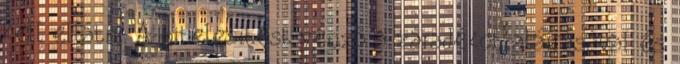
kell ellátni. A hitelesítést végző a záradékot aláírásával és